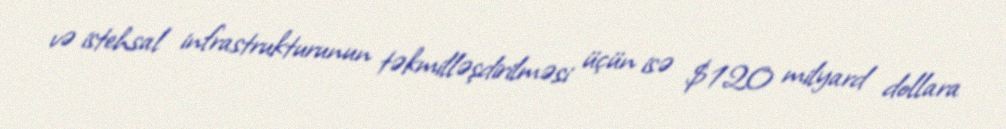
və istehsal infrastrukturunun təkmilləşdirilməsi üçün isə $120 milyard dollara